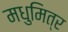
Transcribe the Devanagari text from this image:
मधुमित्र